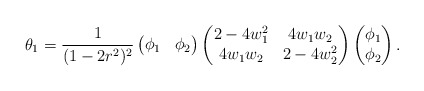
\begin{align*}\theta_1 = \frac{1}{(1-2r^2)^2}\begin{pmatrix} \phi_1 & \phi_2\end{pmatrix}\begin{pmatrix} 2-4w_1^2 & 4w_1w_2\\4w_1w_2 & 2-4w_2^2\end{pmatrix} \begin{pmatrix} \phi_1 \\ \phi_2\end{pmatrix}.\end{align*}